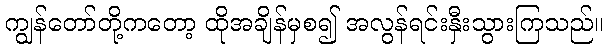
ကျွန်တော်တို့ကတော့ ထိုအချိန်မှစ၍ အလွန်ရင်းနှီးသွားကြသည်။